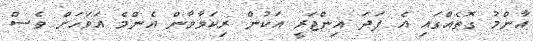
އާންމު ގޮތެއްގައި އެ ފަދަ އިންޖަރީ އަކުން ރިކަވާވާން އެންމެ އަވަހަށް ވެސް